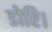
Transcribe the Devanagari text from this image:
डोरि।